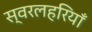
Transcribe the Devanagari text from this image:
स्वरलहरियाँ